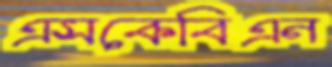
এসকেবিএন